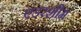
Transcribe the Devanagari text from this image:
एडरशीम